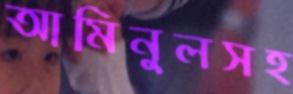
আমিনুলসহ